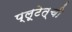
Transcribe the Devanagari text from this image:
प्लूटेत्ची